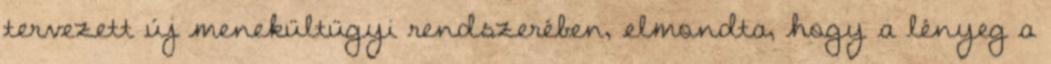
tervezett új menekültügyi rendszerében, elmondta, hogy a lényeg a